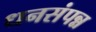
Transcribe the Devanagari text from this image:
धनसंपन्न